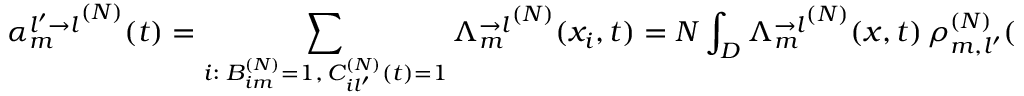
{ \alpha _ { m } ^ { l ^ { \prime } \rightarrow l } } ^ { ( N ) } ( t ) = \sum _ { \substack { i : \; B _ { i m } ^ { ( N ) } = 1 , \, C _ { i l ^ { \prime } } ^ { ( N ) } ( t ) = 1 } } { \Lambda _ { m } ^ { \rightarrow l } } ^ { ( N ) } ( x _ { i } , t ) = N \int _ { D } { \Lambda _ { m } ^ { \rightarrow l } } ^ { ( N ) } ( x , t ) \, \rho _ { m , l ^ { \prime } } ^ { ( N ) } ( x , t ) d x .